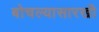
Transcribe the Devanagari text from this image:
बोचल्यासारखी